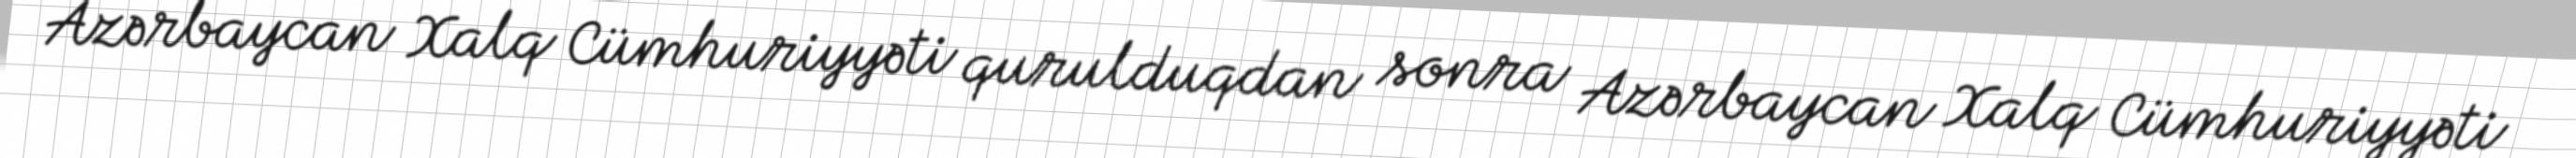
Azərbaycan Xalq Cümhuriyyəti qurulduqdan sonra Azərbaycan Xalq Cümhuriyyəti